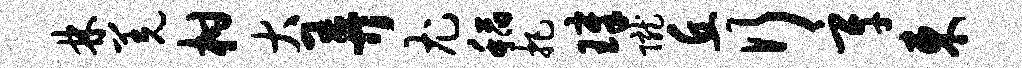
林羌柑大弄尤稻把璋陇丘行辛东